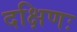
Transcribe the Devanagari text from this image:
दक्षिणः